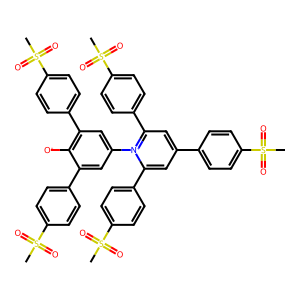
SMILES: CS(=O)(=O)c1ccc(-c2cc(-c3ccc(S(C)(=O)=O)cc3)[n+](-c3cc(-c4ccc(S(C)(=O)=O)cc4)c([O-])c(-c4ccc(S(C)(=O)=O)cc4)c3)c(-c3ccc(S(C)(=O)=O)cc3)c2)cc1
Inhibits HIV replication: No